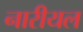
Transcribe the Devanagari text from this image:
नारीयल